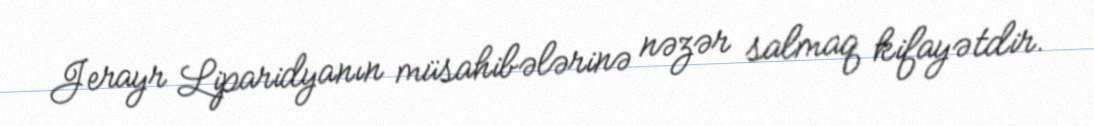
Jerayr Liparidyanın müsahibələrinə nəzər salmaq kifayətdir.